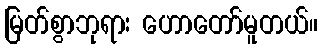
မြတ်စွာဘုရား ဟောတော်မူတယ်။